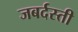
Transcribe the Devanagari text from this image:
जबर्दस्‍ती